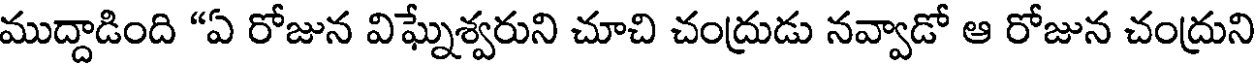
ముద్దాడింది "ఏ రోజున విఘ్నేశ్వరుని చూచి చంద్రుడు నవ్వాడో ఆ రోజున చంద్రుని